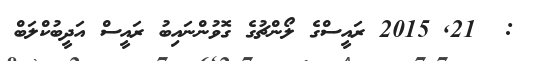
:  21